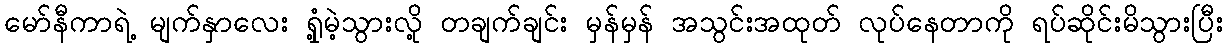
မော်နီကာရဲ့ မျက်နှာလေး ရှုံ့မဲ့သွားလို့ တချက်ချင်း မှန်မှန် အသွင်းအထုတ် လုပ်နေတာကို ရပ်ဆိုင်းမိသွားပြီး